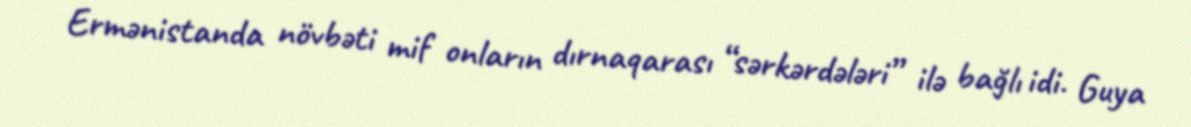
Ermənistanda növbəti mif onların dırnaqarası “sərkərdələri” ilə bağlı idi. Guya